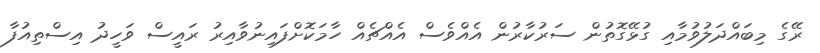
ރޭގެ މިބައްދަލުވުމާއި ގުޅޭގޮތުން ސަރުކާރުން އެއްވެސް އެއްޗެއް ހާމަކޮށްފައިނުވާއިރު ރައީސް ވަހީދު އިސްތިއުފާ